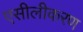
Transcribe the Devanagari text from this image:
एसीलीकरण